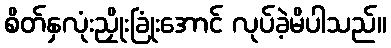
စိတ်နှလုံးညှိုးခြုံးအောင် လုပ်ခဲ့မိပါသည်။